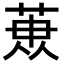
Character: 𮏳